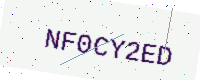
Text: NF0CY2ED